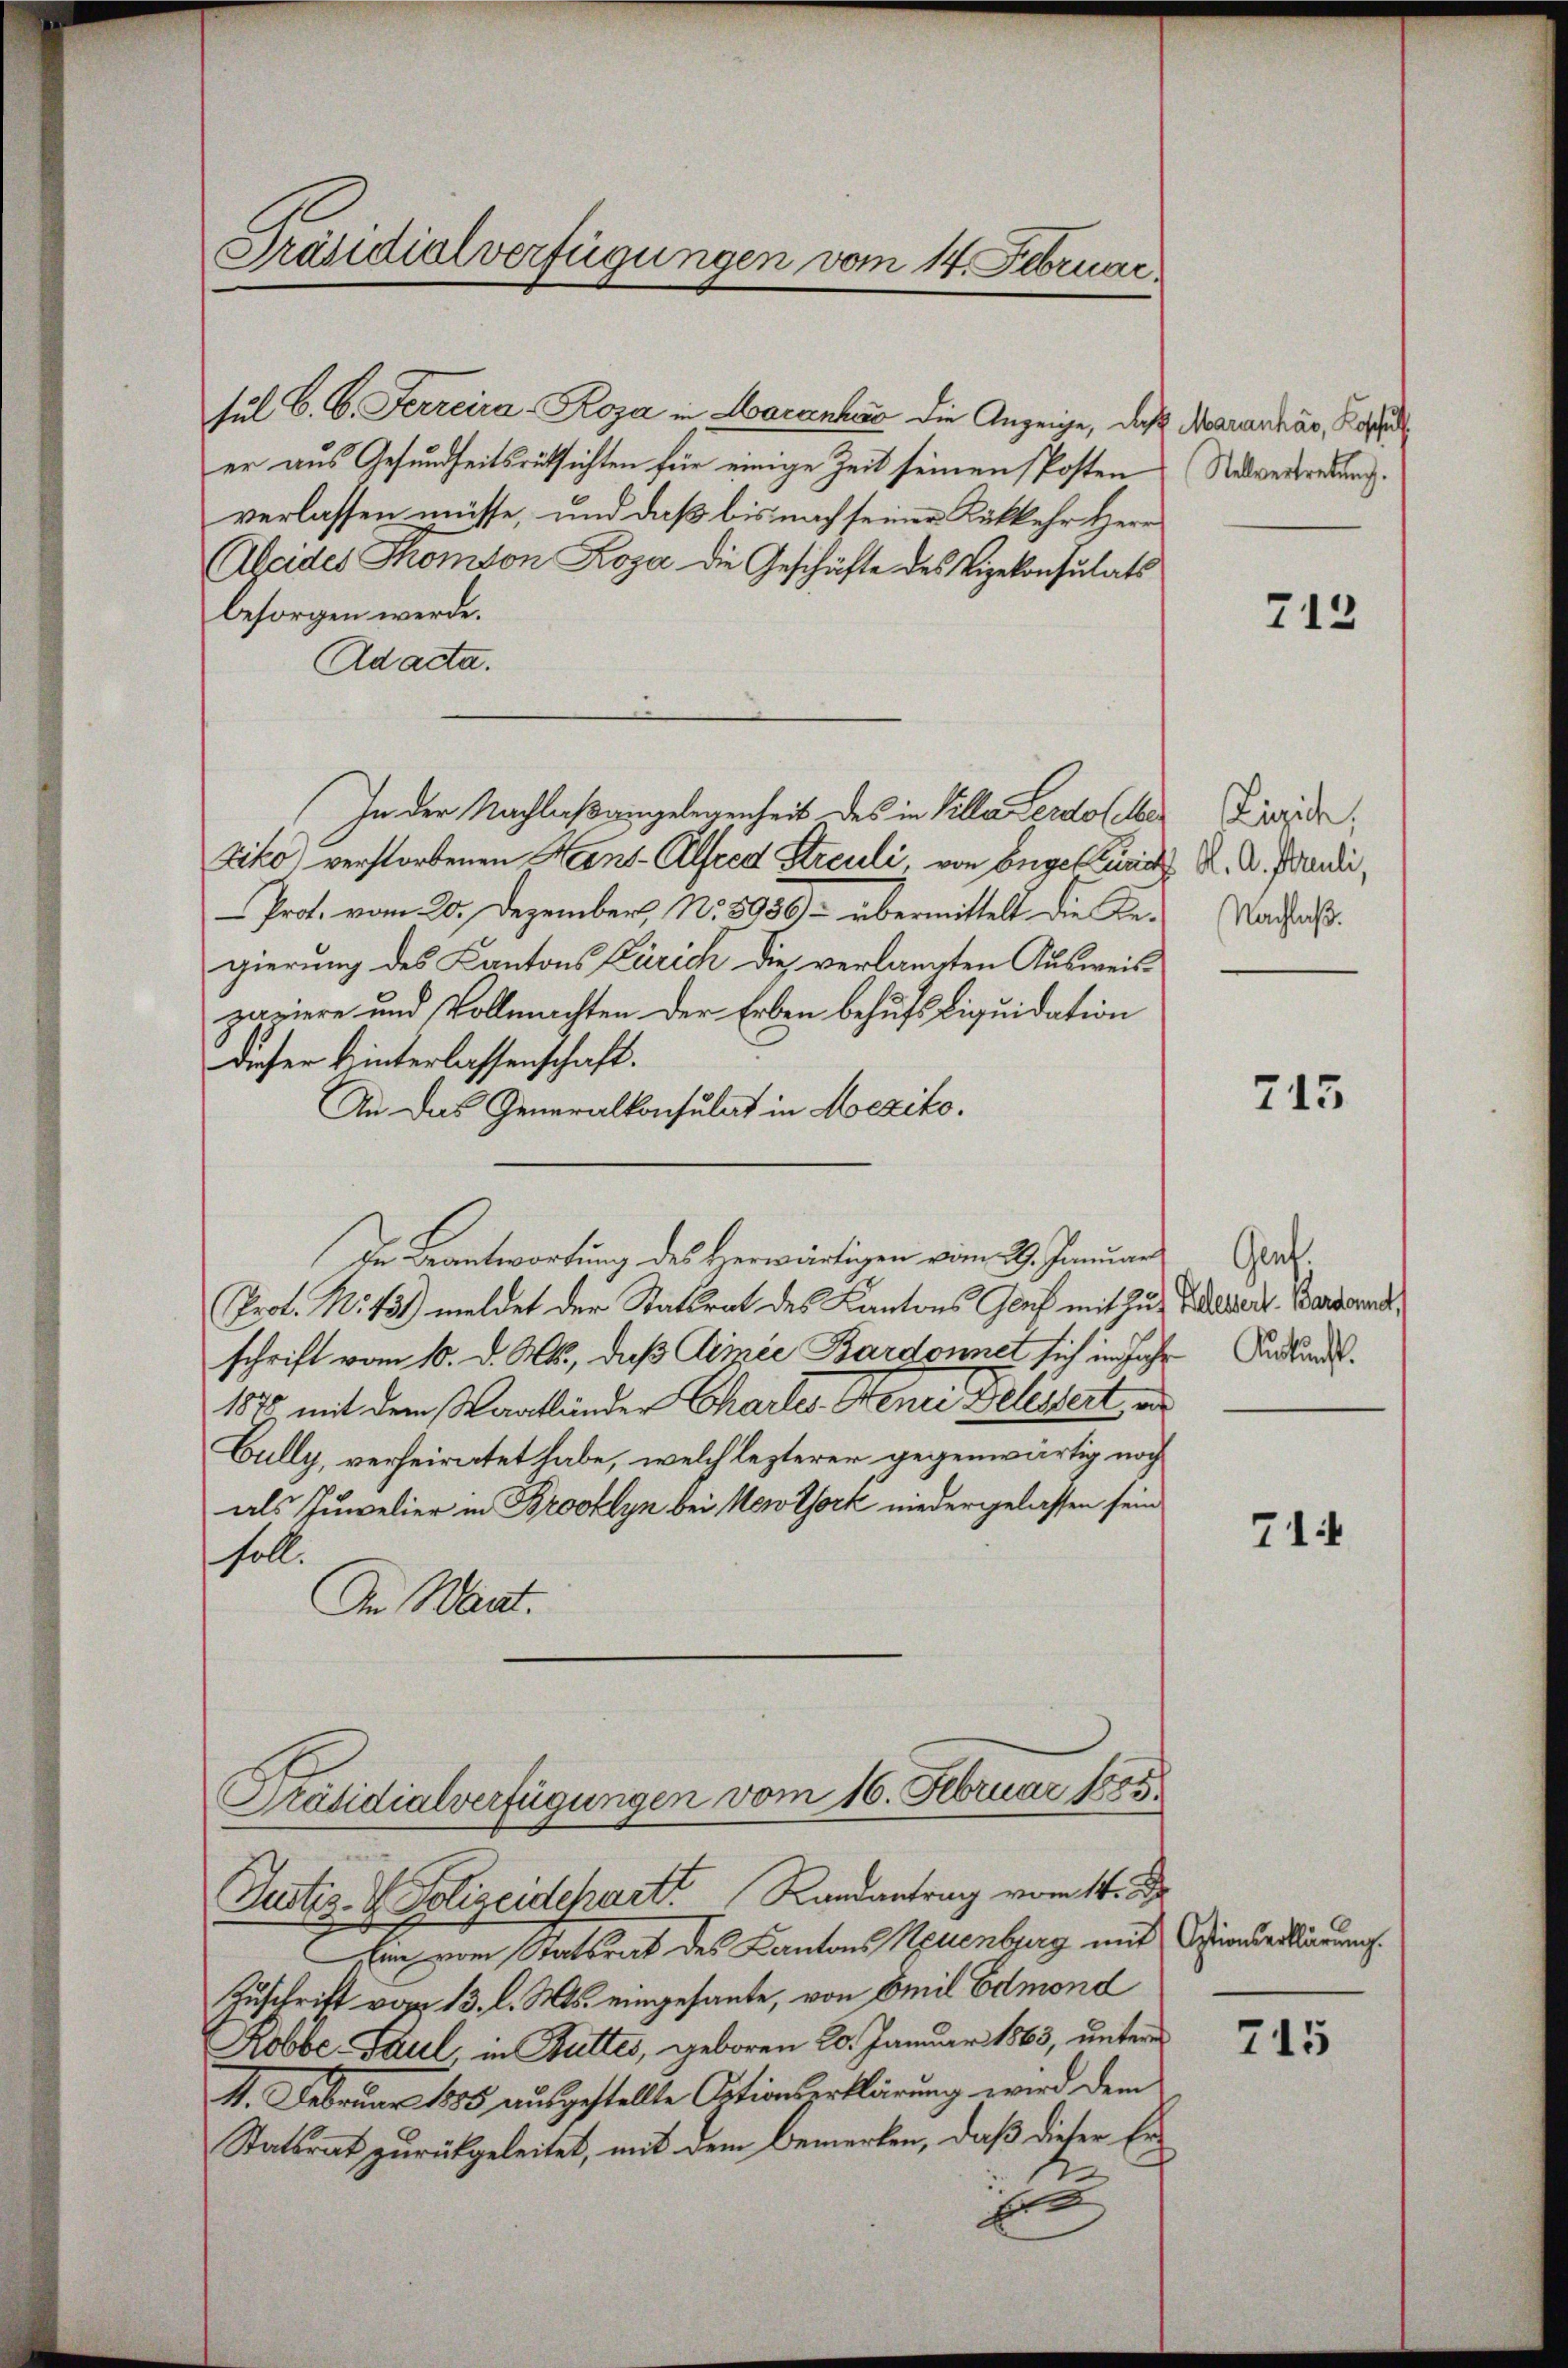
Präsidialverfügungen vom 14. Februar.

er aus Gesundheitsrüksichten für einige Zeit seinen Posten (Retvertretung.
verlassen müsse, und daß bis nach seiner Rükkehr Herr
Abeides Thomson Roza die Geschäfte des Vizekonsulats
besorgen werde.
Adacta.
In der Nachlaßangelegenheit des in Villa erdof Me
Ziko verstorbenen Hans-Alfred Streuli, von Engeler K. A. Freudi
Prof. vom 20. Dezember, No 8950) – übermittelt die Regierung des Kantons Zürich die verlangten Ausweispariere und Vollmachten der Erben behufs Liquidation
dieser kinterlassenschaft.
An das Generalkonsulat in Mexiko¬
De Beantwortung des Herwärtigen vom 29. Januar d.
Prot. N. 13. meldet der Stattrat des Kantons Graf mit Zuziert, Pansond
schrift vom 10. d. Ms., daß Alinie Bardonnet sich im Jahr erland.
1870 mit dem Waatländer Chartes Senei Belassert es
Cully, verheiratet habe, welch lezterer gegenwärtig noch
als Juwelier in Brooklyn bei New York niedergelassen sein
soll.
In Wart.
Präsidialverfügungen vom 16. Februar 1855

sil C. C. Ferreira-Koja in Hacanhard die Anzeige, daß Maranhár, Base

Justiz- & Polizeidchart Randantrag vom 1.

Er dem Statsrat des Kantons Neuenburg mit Hinde dadurch
Zuschritt vom 13. l. Mts. eingesante, von Emil Edmond
Robbe Paul in Butter, geboren 20. Januar 1865, unterm
41. Februar 1885 ausgestellte Ortionserklärung wird dem
Statsrat zurückgeleitet, mit dem Bemerken, daß dieser Er¬
.
E

713

Zürich,
Nachlaß.

715

714

715